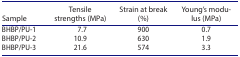
<table><thead><tr><td><b>Sample</b></td><td><b>Tensile strengths (MPa)</b></td><td><b>Strain at break (%)</b></td><td><b>Young’s modulus (MPa)</b></td></tr></thead><tbody><tr><td>BHBP/PU-1</td><td>7.7</td><td>900</td><td>0.7</td></tr><tr><td>BHBP/PU-2</td><td>10.9</td><td>630</td><td>1.9</td></tr><tr><td>BHBP/PU-3</td><td>21.6</td><td>574</td><td>3.3</td></tr></tbody></table>